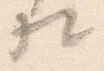
相